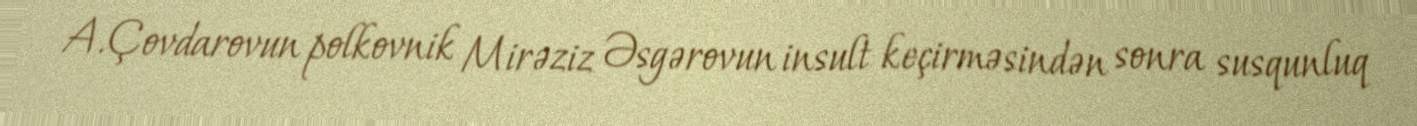
A.Çovdarovun polkovnik Mirəziz Əsgərovun insult keçirməsindən sonra susqunluq